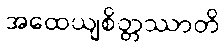
အထေယျစိတ္တဿာတိ